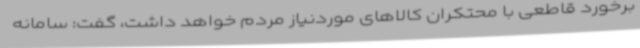
برخورد قاطعی با محتکران کالاهای موردنیاز مردم خواهد داشت، گفت: سامانه